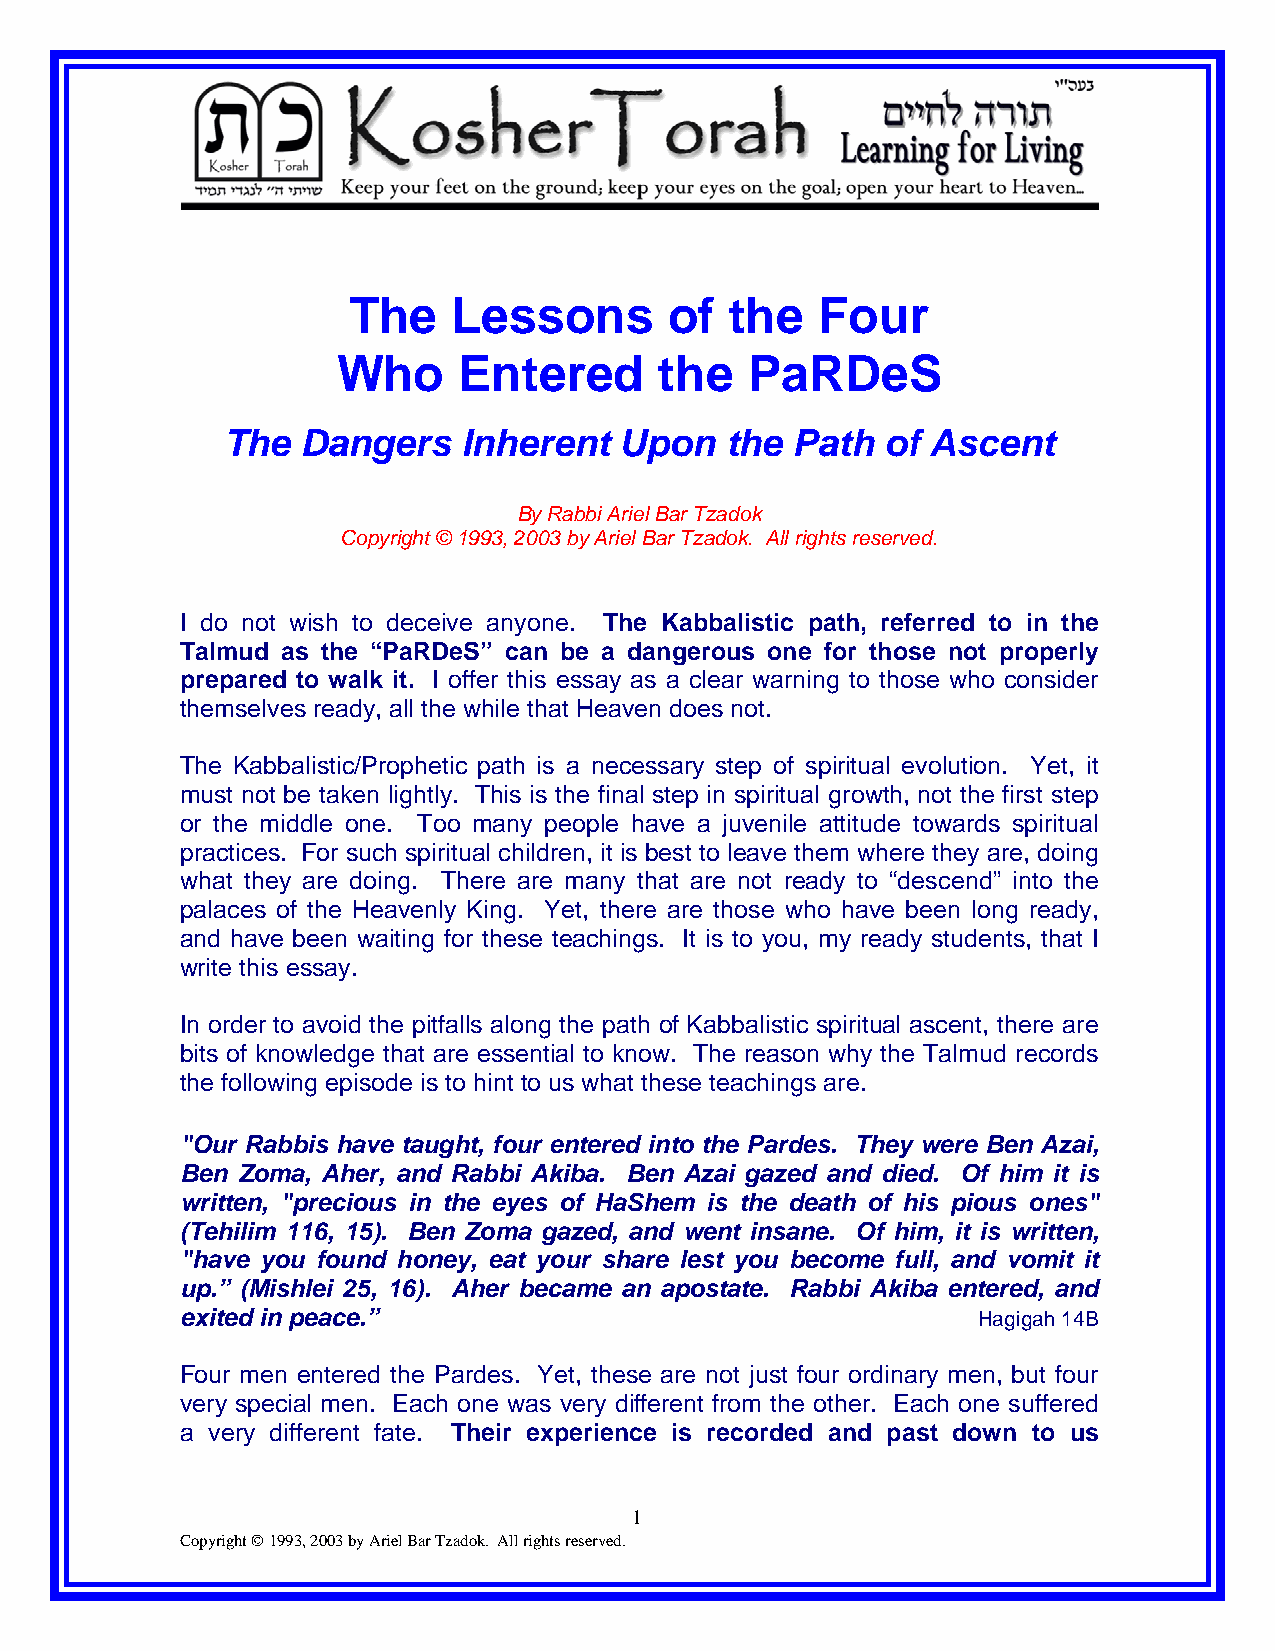
The    Lessons       of  the   Four
 Who     Entered       the  PaRDeS
 The  Dangers    Inherent  Upon   the Path   of Ascent
 By Rabbi Ariel Bar Tzadok
 Copyright © 1993, 2003 by Ariel Bar Tzadok. All rights reserved.
 I do not wish to deceive anyone. The Kabbalistic path, referred to in the
 Talmud as the “PaRDeS” can be a dangerous one for those not properly
 prepared to walk it. I offer this essay as a clear warning to those who consider
 themselves ready, all the while that Heaven does not.
 The Kabbalistic/Prophetic path is a necessary step of spiritual evolution. Yet, it
 must not be taken lightly. This is the final step in spiritual growth, not the first step
 or the middle one. Too many people have a juvenile attitude towards spiritual
 practices. For such spiritual children, it is best to leave them where they are, doing
 what they are doing. There are many that are not ready to “descend” into the
 palaces of the Heavenly King. Yet, there are those who have been long ready,
 and have been waiting for these teachings. It is to you, my ready students, that I
 write this essay.
 In order to avoid the pitfalls along the path of Kabbalistic spiritual ascent, there are
 bits of knowledge that are essential to know. The reason why the Talmud records
 the following episode is to hint to us what these teachings are.
 "Our Rabbis have taught, four entered into the Pardes. They were Ben Azai,
 Ben Zoma, Aher, and Rabbi Akiba. Ben Azai gazed and died. Of him it is
 written, "precious in the eyes of HaShem is the death of his pious ones"
 (Tehilim 116, 15). Ben Zoma gazed, and went insane. Of him, it is written,
 "have you found honey, eat your share lest you become full, and vomit it
 up.” (Mishlei 25, 16). Aher became an apostate. Rabbi Akiba entered, and
 exited in peace.”                                    Hagigah 14B
 Four men entered the Pardes. Yet, these are not just four ordinary men, but four
 very special men. Each one was very different from the other. Each one suffered
 a very different fate. Their experience is recorded and past down to us
 1
 Copyright © 1993, 2003 by Ariel Bar Tzadok. All rights reserved.